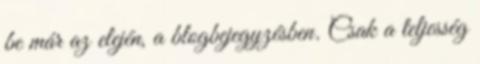
be már az elején, a blogbejegyzésben. Csak a teljesség